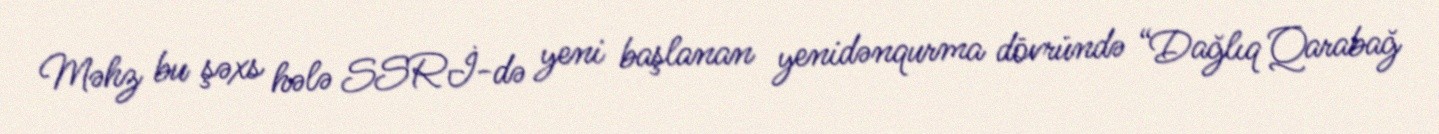
Məhz bu şəxs hələ SSRİ-də yeni başlanan yenidənqurma dövründə “Dağlıq Qarabağ